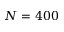
N = 4 0 0